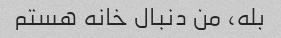
بله، من دنبال خانه هستم